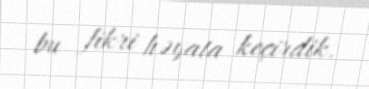
bu fikri həyata keçirdik.